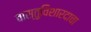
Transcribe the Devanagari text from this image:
वास्तुविशारदाचा